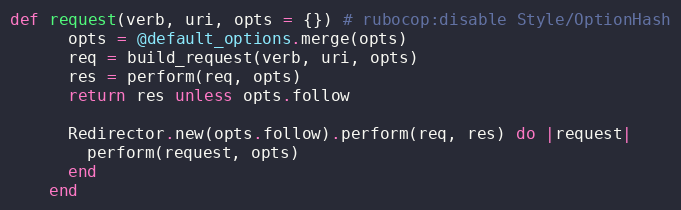
Language: Ruby
def request(verb, uri, opts = {}) # rubocop:disable Style/OptionHash
      opts = @default_options.merge(opts)
      req = build_request(verb, uri, opts)
      res = perform(req, opts)
      return res unless opts.follow

      Redirector.new(opts.follow).perform(req, res) do |request|
        perform(request, opts)
      end
    end